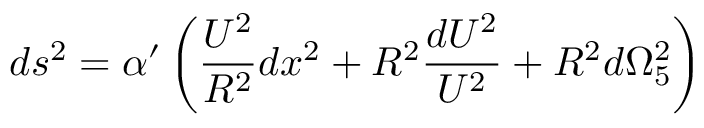
d s ^ { 2 } = { \alpha } ^ { \prime } \left( { \frac { U ^ { 2 } } { R ^ { 2 } } } d x ^ { 2 } + R ^ { 2 } { \frac { d U ^ { 2 } } { U ^ { 2 } } } + R ^ { 2 } d { \Omega } _ { 5 } ^ { 2 } \right)